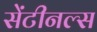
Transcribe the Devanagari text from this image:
सेंटीनल्स